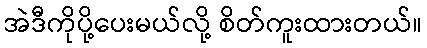
အဲဒီကိုပို့ပေးမယ်လို့ စိတ်ကူးထားတယ်။